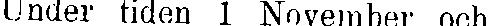
Under tiden 1 November och